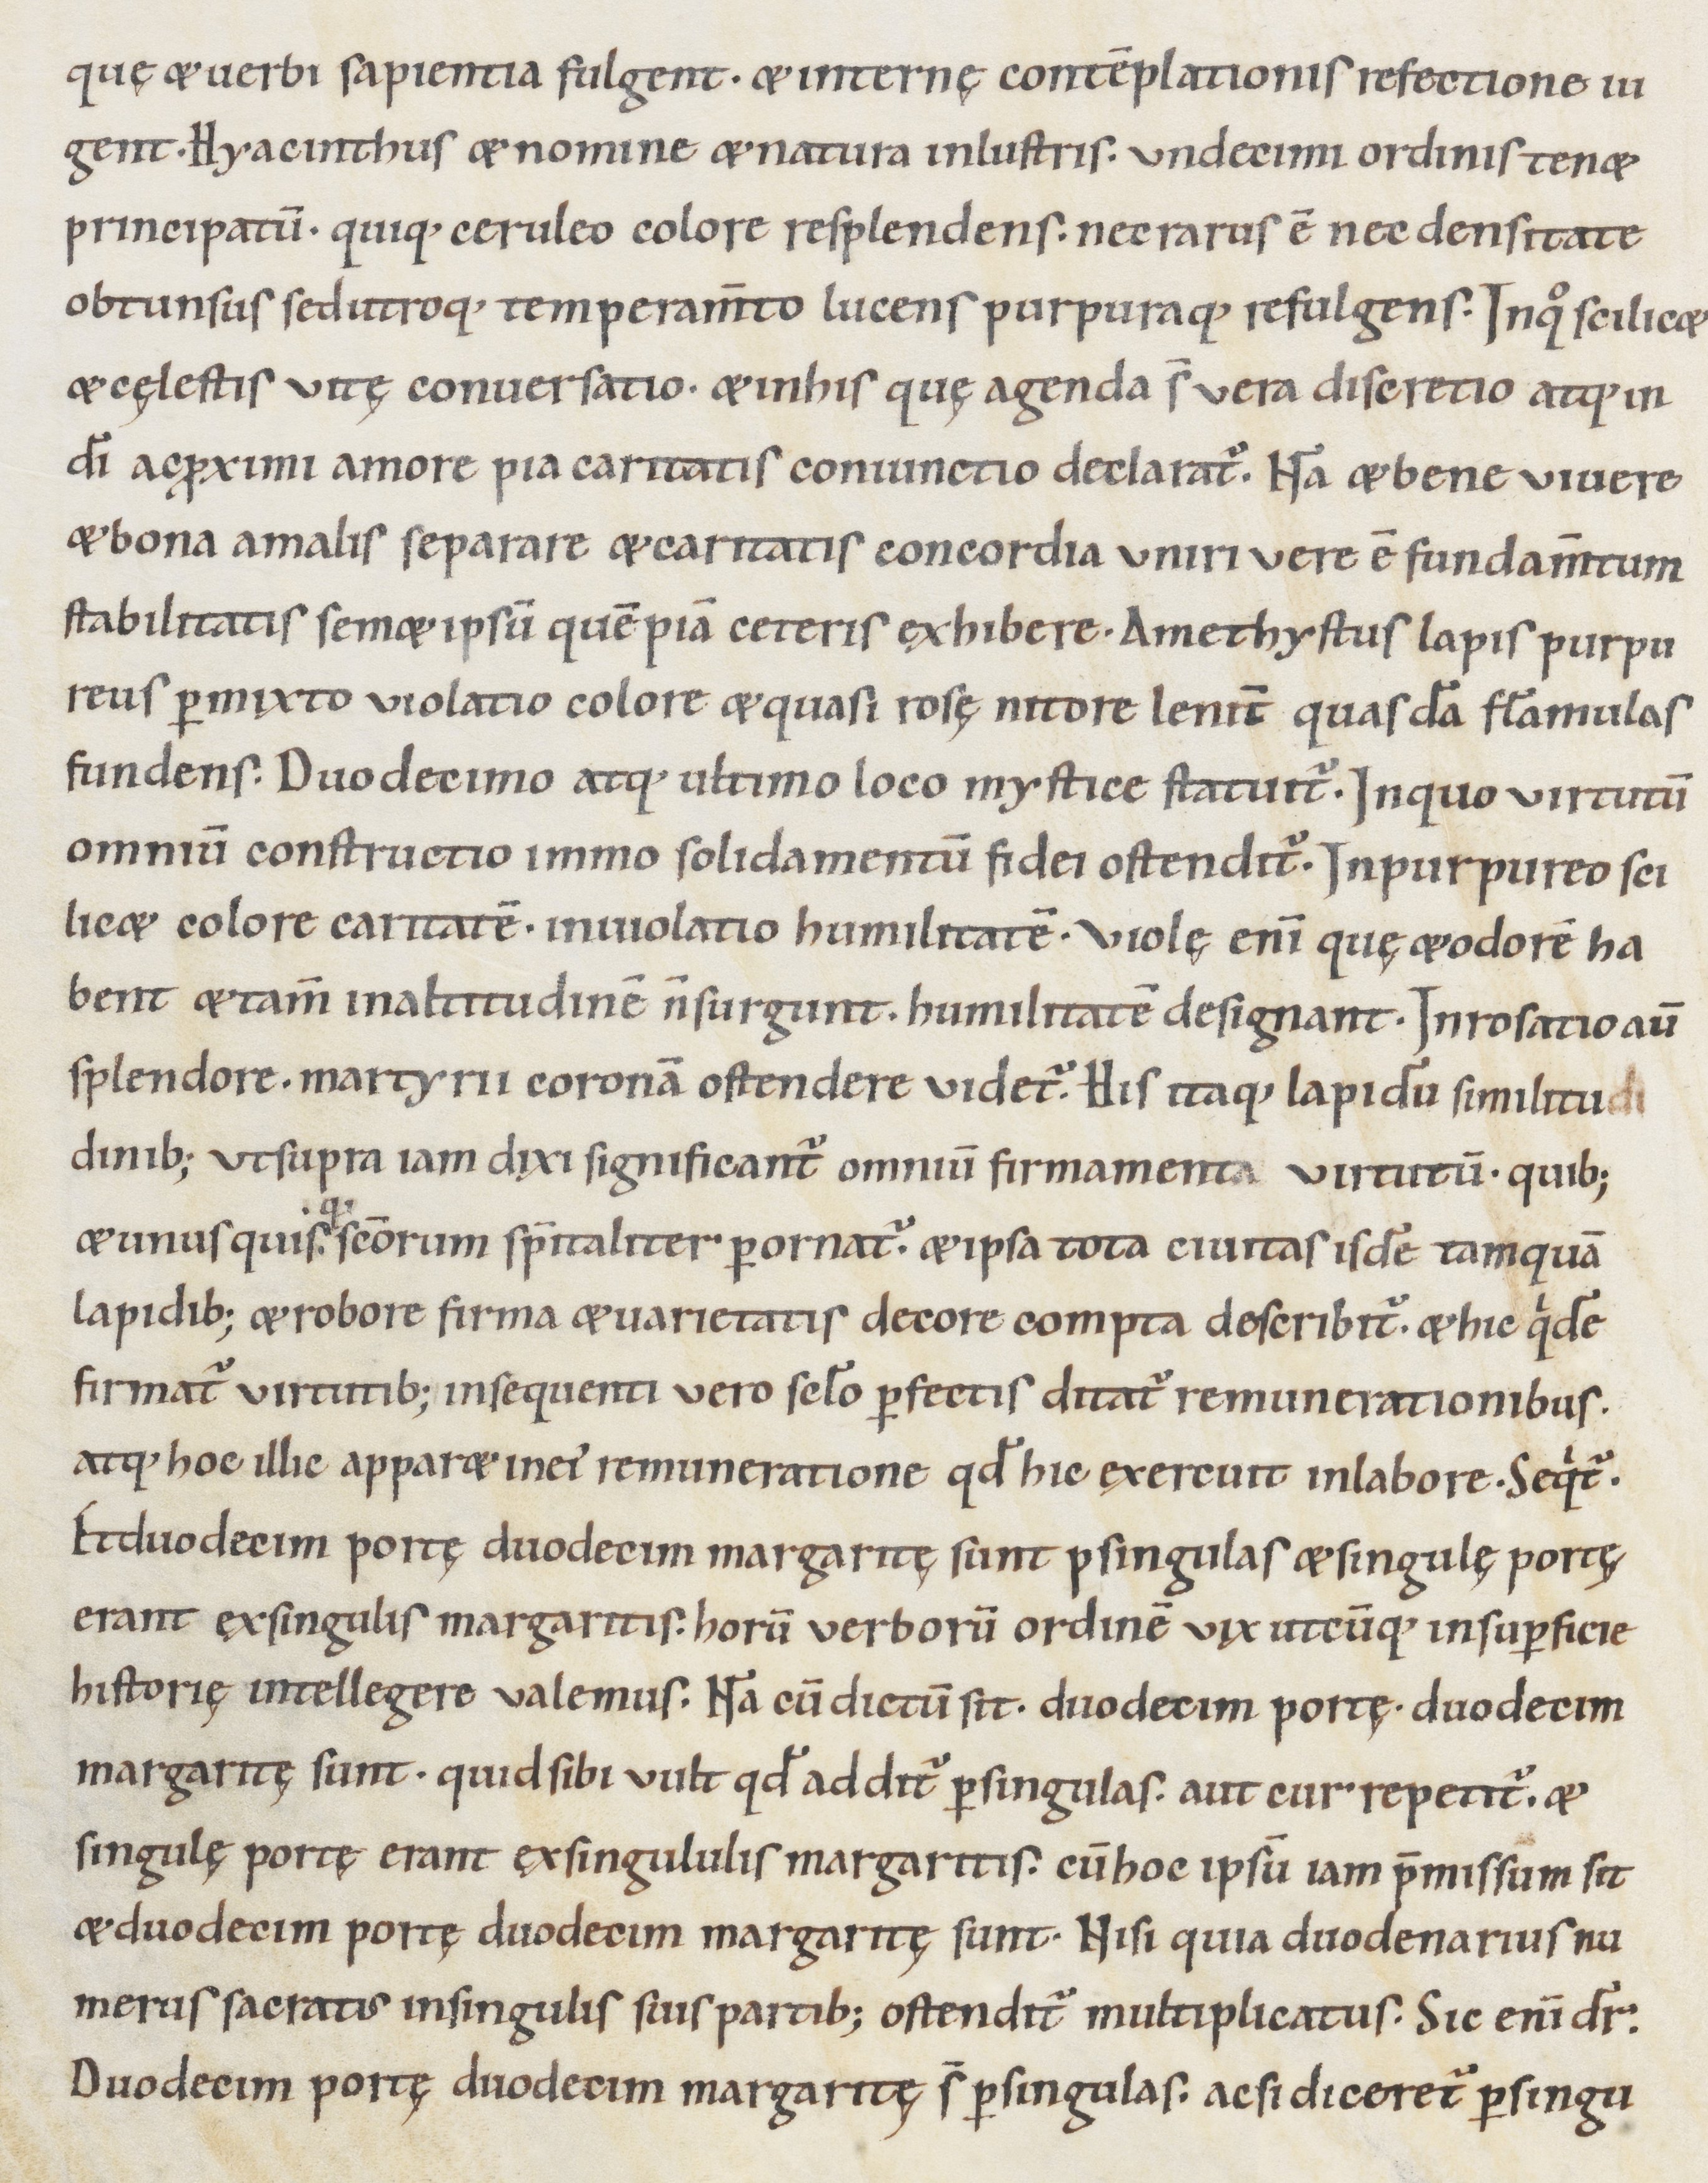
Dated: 1000–1099